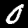
Label: 0